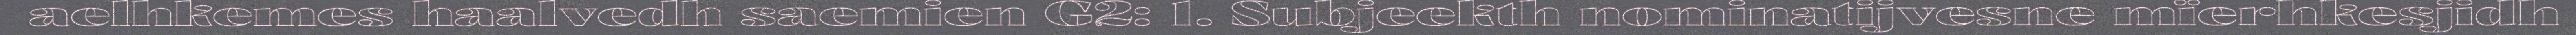
aelhkemes haalvedh saemien G2: 1. Subjeekth nominatijvesne mïerhkesjidh